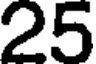
25